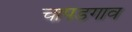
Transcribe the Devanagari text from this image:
चापडगाव